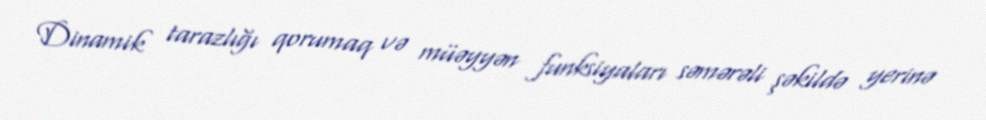
Dinamik tarazlığı qorumaq və müəyyən funksiyaları səmərəli şəkildə yerinə